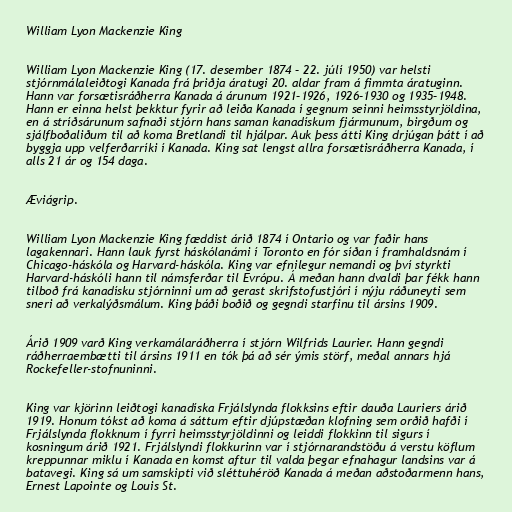
William Lyon Mackenzie King

William Lyon Mackenzie King (17. desember 1874 – 22. júlí 1950) var helsti
stjórnmálaleiðtogi Kanada frá þriðja áratugi 20. aldar fram á fimmta áratuginn.
Hann var forsætisráðherra Kanada á árunum 1921–1926, 1926–1930 og 1935–1948.
Hann er einna helst þekktur fyrir að leiða Kanada í gegnum seinni heimsstyrjöldina,
en á stríðsárunum safnaði stjórn hans saman kanadískum fjármunum, birgðum og
sjálfboðaliðum til að koma Bretlandi til hjálpar. Auk þess átti King drjúgan þátt í að
byggja upp velferðarríki í Kanada. King sat lengst allra forsætisráðherra Kanada, í
alls 21 ár og 154 daga.

Æviágrip.

William Lyon Mackenzie King fæddist árið 1874 í Ontario og var faðir hans
lagakennari. Hann lauk fyrst háskólanámi í Toronto en fór síðan í framhaldsnám í
Chicago-háskóla og Harvard-háskóla. King var efnilegur nemandi og því styrkti
Harvard-háskóli hann til námsferðar til Evrópu. Á meðan hann dvaldi þar fékk hann
tilboð frá kanadísku stjórninni um að gerast skrifstofustjóri í nýju ráðuneyti sem
sneri að verkalýðsmálum. King þáði boðið og gegndi starfinu til ársins 1909.

Árið 1909 varð King verkamálaráðherra í stjórn Wilfrids Laurier. Hann gegndi
ráðherraembætti til ársins 1911 en tók þá að sér ýmis störf, meðal annars hjá
Rockefeller-stofnuninni.

King var kjörinn leiðtogi kanadíska Frjálslynda flokksins eftir dauða Lauriers árið
1919. Honum tókst að koma á sáttum eftir djúpstæðan klofning sem orðið hafði í
Frjálslynda flokknum í fyrri heimsstyrjöldinni og leiddi flokkinn til sigurs í
kosningum árið 1921. Frjálslyndi flokkurinn var í stjórnarandstöðu á verstu köflum
kreppunnar miklu í Kanada en komst aftur til valda þegar efnahagur landsins var á
batavegi. King sá um samskipti við sléttuhéröð Kanada á meðan aðstoðarmenn hans,
Ernest Lapointe og Louis St.